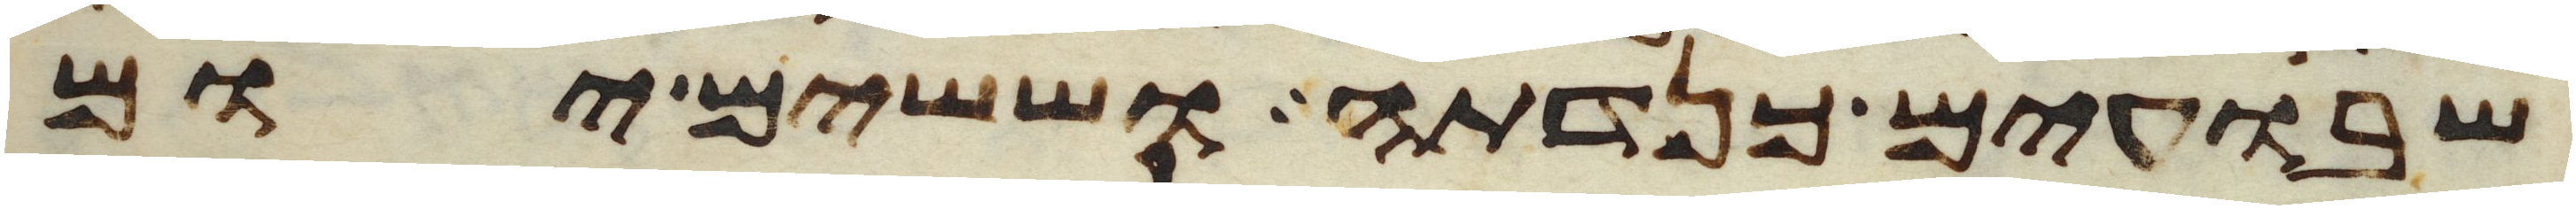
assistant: שבועים כנדתה וששים יום